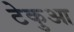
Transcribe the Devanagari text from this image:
टेकुआ